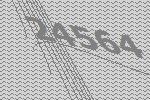
24564